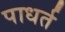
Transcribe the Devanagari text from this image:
पाधर्त